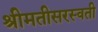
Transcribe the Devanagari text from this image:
श्रीमतीसरस्‍वती